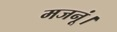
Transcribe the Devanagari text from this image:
मजनूं।